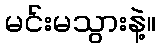
မင်းမသွားနဲ့။